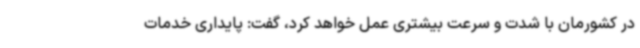
در کشورمان با شدت و سرعت بیشتری عمل خواهد کرد، گفت: پایداری خدمات